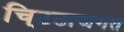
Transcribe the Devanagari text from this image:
चि्टठाजगत